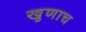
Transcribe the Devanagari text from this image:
खुणाच